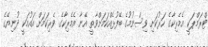
ޓްރަމްޕަކީ އެމެރިކާގެ ހަރުކަށި ވިސްނުމުގެ ބޭފުޅެއްކަމަށްވާތީ އޭނާ އެމެރިކާގެ ވެރިކަމަށް އައުމަކީ ދުނިޔޭގެ